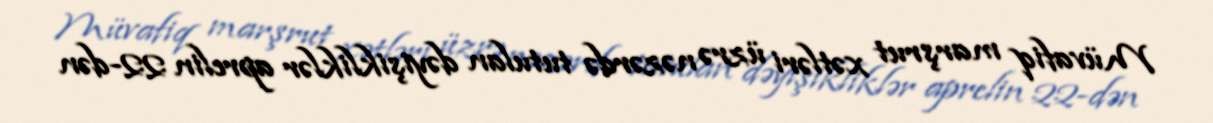
Müvafiq marşrut xətləri üzrə nəzərdə tutulan dəyişikliklər aprelin 22-dən